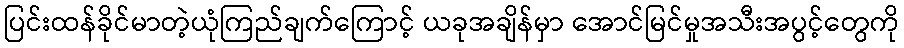
ပြင်းထန်ခိုင်မာတဲ့ယုံကြည်ချက်ကြောင့် ယခုအချိန်မှာ အောင်မြင်မှုအသီးအပွင့်တွေကို